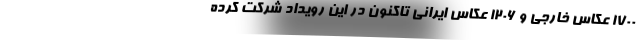
1700 عکاس خارجی و 1206 عکاس ایرانی تاکنون در این رویداد شرکت کرده